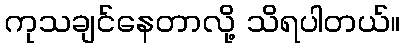
ကုသချင်နေတာလို့ သိရပါတယ်။